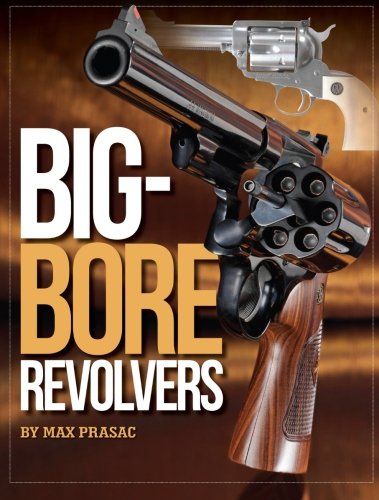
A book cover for Big-Bore Revolvers; Max Prasac; Crafts, Hobbies & Home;